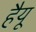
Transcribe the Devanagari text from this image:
हैयू